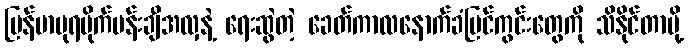
မြန်မာပုရပိုက်ပန်းချီအလှနဲ့ ရေးဆွဲတဲ့ ခေတ်ကာလနောက်ခံမြင်ကွင်းတွေကို သိနိုင်တာမို့